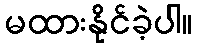
မထားနိုင်ခဲ့ပါ။